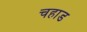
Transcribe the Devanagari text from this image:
चहाड